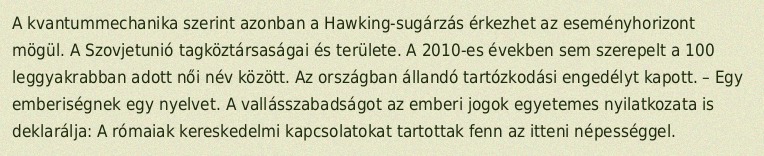
A kvantummechanika szerint azonban a Hawking-sugárzás érkezhet az eseményhorizont mögül. A Szovjetunió tagköztársaságai és területe. A 2010-es években sem szerepelt a 100 leggyakrabban adott női név között. Az országban állandó tartózkodási engedélyt kapott. – Egy emberiségnek egy nyelvet. A vallásszabadságot az emberi jogok egyetemes nyilatkozata is deklarálja: A rómaiak kereskedelmi kapcsolatokat tartottak fenn az itteni népességgel.